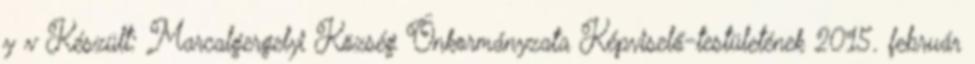
y v Készült: Marcalgergelyi Község Önkormányzata Képviselő-testületének 2015. február